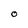
Character: O